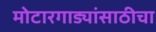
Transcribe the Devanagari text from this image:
मोटारगाड्यांसाठीचा